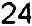
24